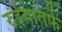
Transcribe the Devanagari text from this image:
रुईयातर्फे